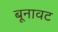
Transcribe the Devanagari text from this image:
बूनावट